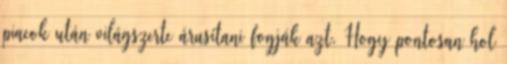
piacok után világszerte árusítani fogják azt. Hogy pontosan hol